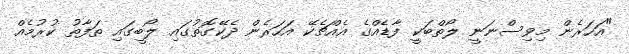
"އަހަރެން މިވިސްނަނީ ލޯތްބަކީ ފާޑެއްގެ އެއްޗެކޭ އަހަރެން ދެކޭގޮތުގައި ލޯބީގައި ތަފާތު ކުރުމެއް